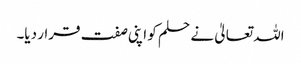
اللہ تعالیٰ نے حلم کو اپنی صفت قرار دیا۔